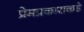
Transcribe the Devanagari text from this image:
प्रेमप्रकाराकडे